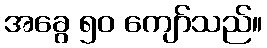
အခွေ ၅၀ ကျော်သည်။